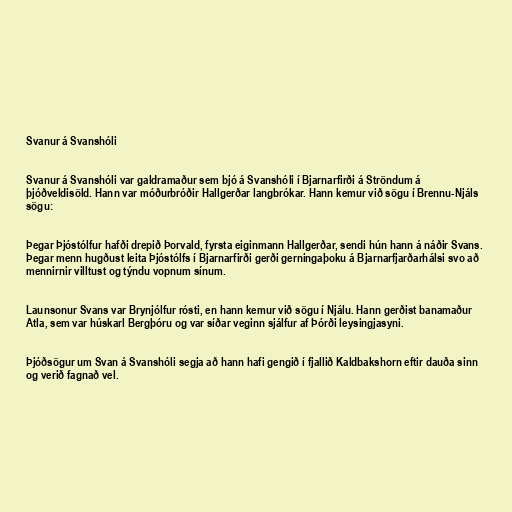
Svanur á Svanshóli

Svanur á Svanshóli var galdramaður sem bjó á Svanshóli í Bjarnarfirði á Ströndum á
þjóðveldisöld. Hann var móðurbróðir Hallgerðar langbrókar. Hann kemur við sögu í Brennu-Njáls
sögu:

Þegar Þjóstólfur hafði drepið Þorvald, fyrsta eiginmann Hallgerðar, sendi hún hann á náðir Svans.
Þegar menn hugðust leita Þjóstólfs í Bjarnarfirði gerði gerningaþoku á Bjarnarfjarðarhálsi svo að
mennirnir villtust og týndu vopnum sínum.

Launsonur Svans var Brynjólfur rósti, en hann kemur við sögu í Njálu. Hann gerðist banamaður
Atla, sem var húskarl Bergþóru og var síðar veginn sjálfur af Þórði leysingjasyni.

Þjóðsögur um Svan á Svanshóli segja að hann hafi gengið í fjallið Kaldbakshorn eftir dauða sinn
og verið fagnað vel.